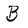
Character: B